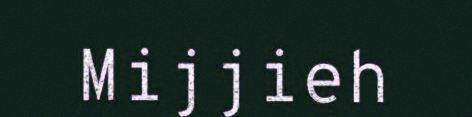
Mijjieh